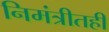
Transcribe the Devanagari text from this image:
निमंत्रीतही